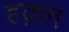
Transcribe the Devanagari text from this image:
हक़्ल